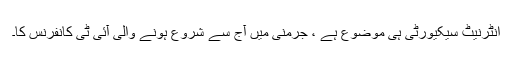
انٹرنیٹ سیکیورٹی ہی موضوع ہے ، جرمنی میں آج سے شروع ہونے والی آئی ٹی کانفرنس کا۔